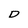
Character: D